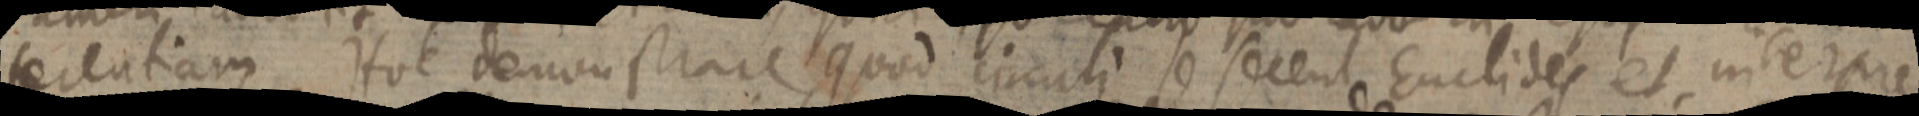
ferentiam. Hoc demonstrare quod circuli se secent Euclides et intepre